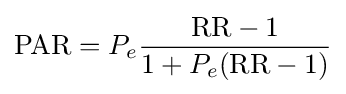
{\text{PAR}}=P_{e}{\frac {{\text{RR}}-1}{1+P_{e}({\text{RR}}-1)}}